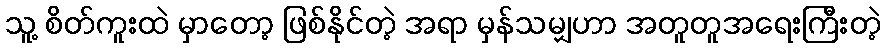
သူ့ စိတ်ကူးထဲ မှာတော့ ဖြစ်နိုင်တဲ့ အရာ မှန်သမျှဟာ အတူတူအရေးကြီးတဲ့